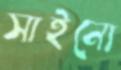
সাইনো